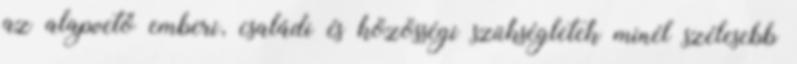
az alapvető emberi, családi és közösségi szükségletek minél szélesebb